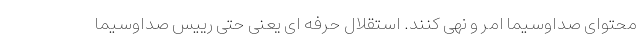
محتوای صداوسیما امر و نهی کنند. استقلال حرفه ای یعنی حتی رییس صداوسیما